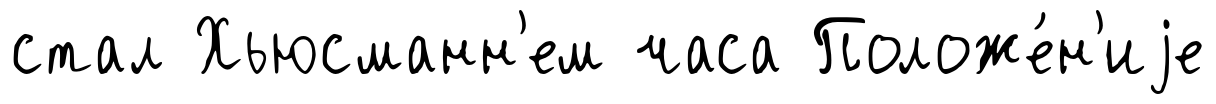
стал Хьюсманн'ем часа Положе́н'иjе